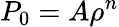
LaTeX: P_{0}=A\rho^{n}